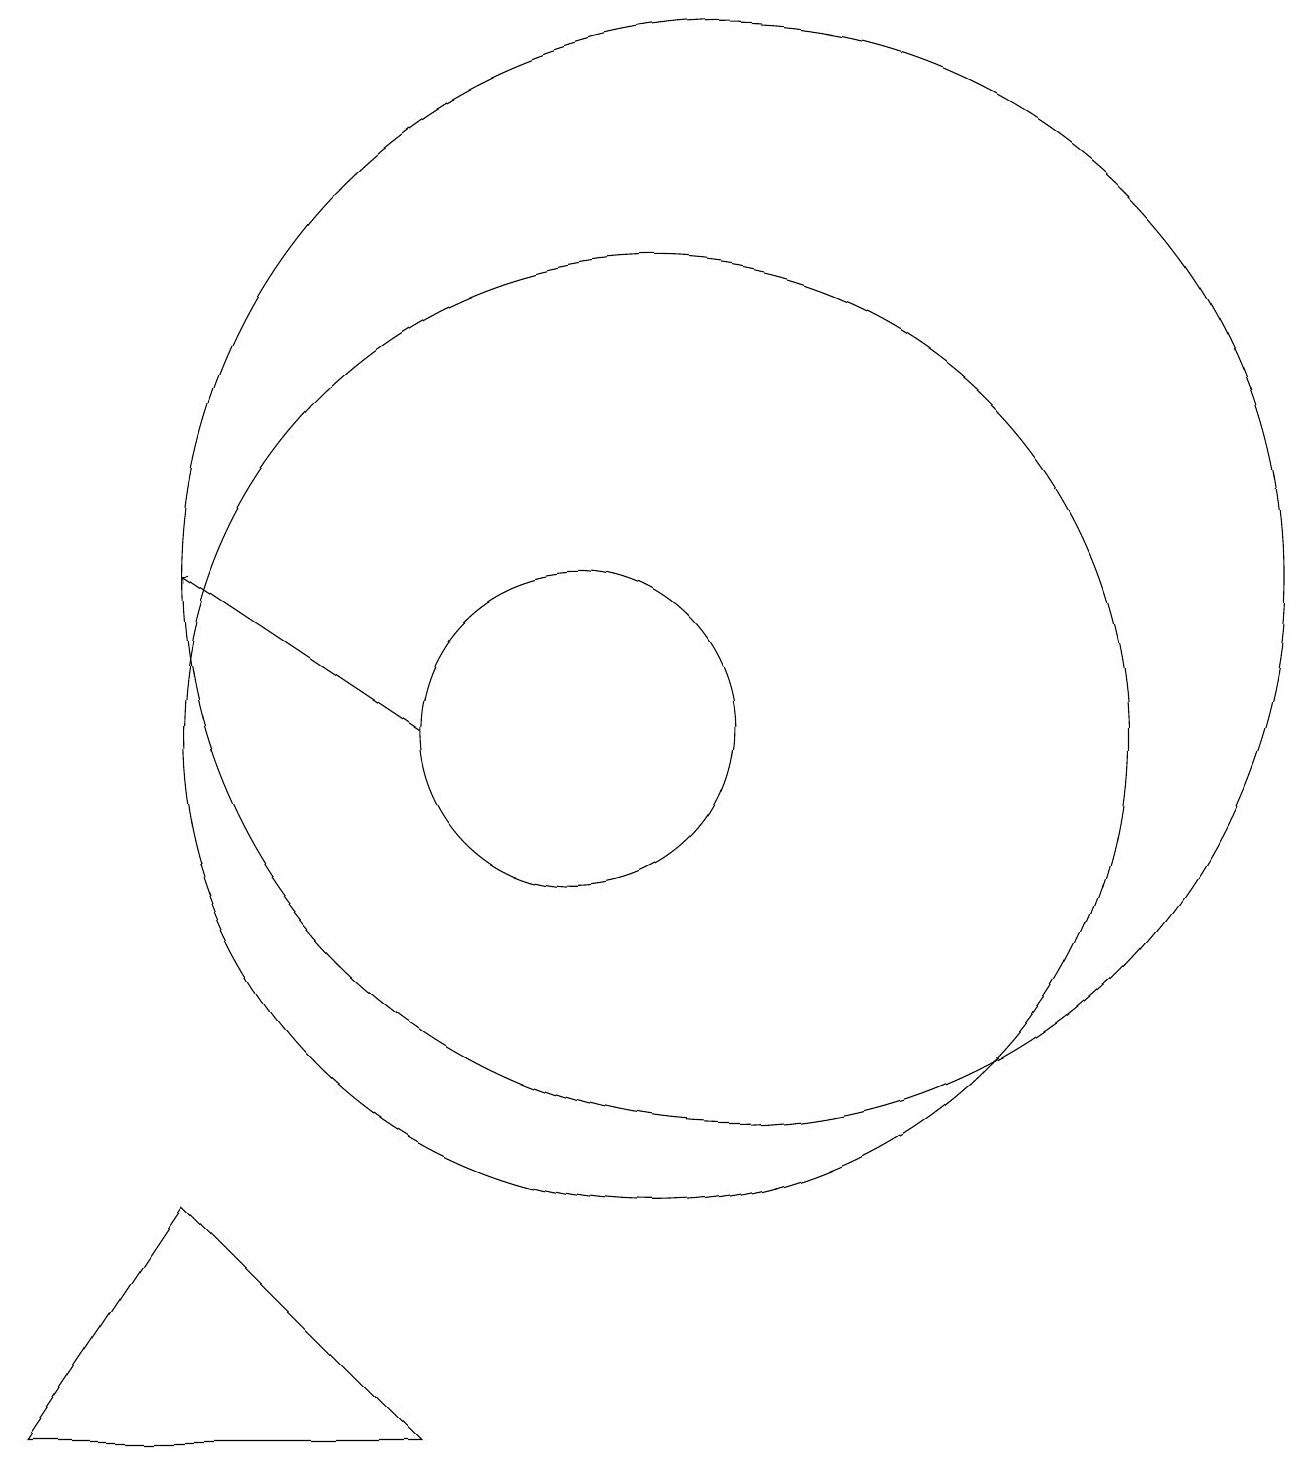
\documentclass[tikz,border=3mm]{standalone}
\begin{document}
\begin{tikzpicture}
\draw (10,10) circle (2);
\draw (11,10) circle (6);
\draw[->] (8,10) -- (5,12);
\draw (12,12) circle (7);
\draw (3,1) -- (5,4) -- (8,1) -- cycle;
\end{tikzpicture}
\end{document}